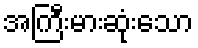
အကြီးမားဆုံးသော